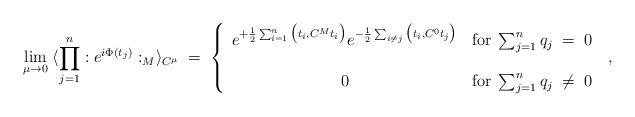
LaTeX: \begin{align*}\lim_{\mu \rightarrow 0} \; \langle \prod_{j=1}^{n} : e^{i \Phi(t_j)} :_M \rangle_{C^\mu}\; = \; \left\{ \begin{array}{cc}e^{+\frac{1}{2} \sum_{i=1}^n \big(t_i,C^M t_i \big)}e^{-\frac{1}{2} \sum_{i \neq j} \big(t_i,C^0 t_j \big)}& \mbox{for} \; \sum_{j=1}^n q_j \; = \; 0 \\ \; & \; \\0 & \mbox{for} \; \sum_{j=1}^n q_j \; \neq \; 0 \\\end{array} \right. \; ,\end{align*}